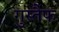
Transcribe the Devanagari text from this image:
गुस्तैफ